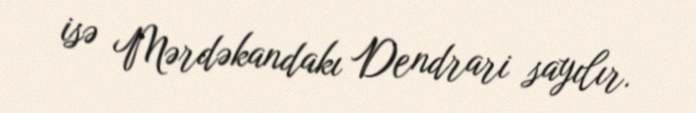
isə Mərdəkandakı Dendrari sayılır.